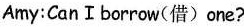
Amy:CanⅠborrow(借)one?